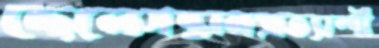
ছেলেসন্তানপ্রত্যাশী